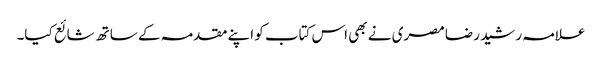
علامہ رشید رضا مصری نے بھی اس کتاب کو اپنے مقدمہ کے ساتھ شائع کیا۔